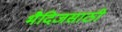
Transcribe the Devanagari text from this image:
भैदिजसाठी